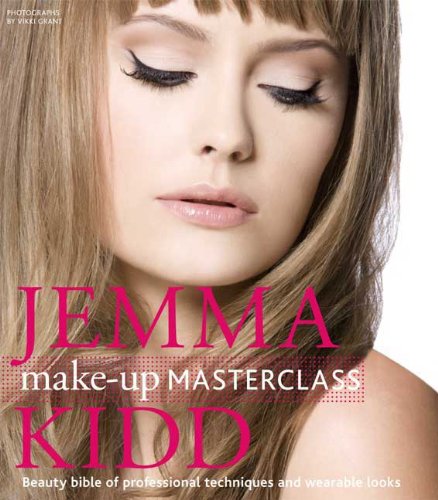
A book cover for Jemma Kidd Make-up Masterclass: Beauty Bible of Professional Techniques and Wearable Looks; Jemma Kidd; Health, Fitness & Dieting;